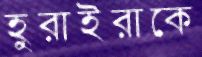
হুরাইরাকে